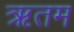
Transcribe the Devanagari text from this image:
ऋतम